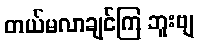
တယ်မလာချင်ကြ ဘူးဗျ